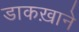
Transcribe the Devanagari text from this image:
डाकख़ाने